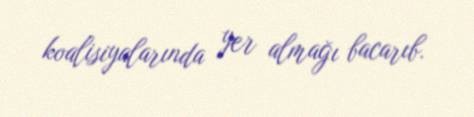
koalisiyalarında yer almağı bacarıb.